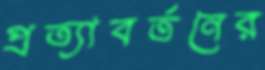
প্রত্যাবর্তনের